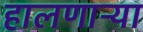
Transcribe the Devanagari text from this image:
हालणाऱ्या